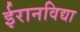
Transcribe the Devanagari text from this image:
ईरानविद्या